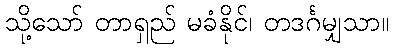
သို့သော် တာရှည် မခံနိုင်၊ တဒင်္ဂမျှသာ။